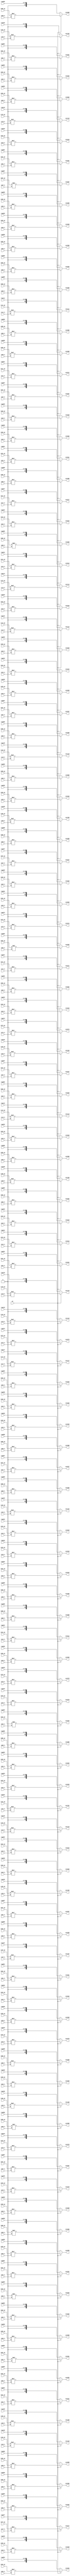

module mul_ghi(
    i000_gi,i001_gi,i002_gi,i003_gi,i004_gi,i005_gi,i006_gi,i007_gi,i008_gi,i009_gi,
    i010_gi,i011_gi,i012_gi,i013_gi,i014_gi,i015_gi,i016_gi,i017_gi,i018_gi,i019_gi,
    i020_gi,i021_gi,i022_gi,i023_gi,i024_gi,i025_gi,i026_gi,i027_gi,i028_gi,i029_gi,
    i030_gi,i031_gi,i032_gi,i033_gi,i034_gi,i035_gi,i036_gi,i037_gi,i038_gi,i039_gi,
    i040_gi,i041_gi,i042_gi,i043_gi,i044_gi,i045_gi,i046_gi,i047_gi,i048_gi,i049_gi,
    i050_gi,i051_gi,i052_gi,i053_gi,i054_gi,i055_gi,i056_gi,i057_gi,i058_gi,i059_gi,
    i060_gi,i061_gi,i062_gi,i063_gi,i064_gi,i065_gi,i066_gi,i067_gi,i068_gi,i069_gi,
    i070_gi,i071_gi,i072_gi,i073_gi,i074_gi,i075_gi,i076_gi,i077_gi,i078_gi,i079_gi,
    i080_gi,i081_gi,i082_gi,i083_gi,i084_gi,i085_gi,i086_gi,i087_gi,i088_gi,i089_gi,
    i090_gi,i091_gi,i092_gi,i093_gi,i094_gi,i095_gi,i096_gi,i097_gi,i098_gi,i099_gi,
    i100_gi,i101_gi,i102_gi,i103_gi,i104_gi,i105_gi,i106_gi,i107_gi,i108_gi,i109_gi,
    i110_gi,i111_gi,i112_gi,i113_gi,i114_gi,i115_gi,i116_gi,i117_gi,i118_gi,i119_gi,i120_gi,
    i000_h,i001_h,i002_h,i003_h,i004_h,i005_h,i006_h,i007_h,i008_h,i009_h,
    i010_h,i011_h,i012_h,i013_h,i014_h,i015_h,i016_h,i017_h,i018_h,i019_h,
    i020_h,i021_h,i022_h,i023_h,i024_h,i025_h,i026_h,i027_h,i028_h,i029_h,
    i030_h,i031_h,i032_h,i033_h,i034_h,i035_h,i036_h,i037_h,i038_h,i039_h,
    i040_h,i041_h,i042_h,i043_h,i044_h,i045_h,i046_h,i047_h,i048_h,i049_h,
    i050_h,i051_h,i052_h,i053_h,i054_h,i055_h,i056_h,i057_h,i058_h,i059_h,
    i060_h,i061_h,i062_h,i063_h,i064_h,i065_h,i066_h,i067_h,i068_h,i069_h,
    i070_h,i071_h,i072_h,i073_h,i074_h,i075_h,i076_h,i077_h,i078_h,i079_h,
    i080_h,i081_h,i082_h,i083_h,i084_h,i085_h,i086_h,i087_h,i088_h,i089_h,
    i090_h,i091_h,i092_h,i093_h,i094_h,i095_h,i096_h,i097_h,i098_h,i099_h,
    i100_h,i101_h,i102_h,i103_h,i104_h,i105_h,i106_h,i107_h,i108_h,i109_h,
    i110_h,i111_h,i112_h,i113_h,i114_h,i115_h,i116_h,i117_h,i118_h,i119_h,i120_h,
    reg000,reg001,reg002,reg003,reg004,reg005,reg006,reg007,reg008,reg009,
    reg010,reg011,reg012,reg013,reg014,reg015,reg016,reg017,reg018,reg019,
    reg020,reg021,reg022,reg023,reg024,reg025,reg026,reg027,reg028,reg029,
    reg030,reg031,reg032,reg033,reg034,reg035,reg036,reg037,reg038,reg039,
    reg040,reg041,reg042,reg043,reg044,reg045,reg046,reg047,reg048,reg049,
    reg050,reg051,reg052,reg053,reg054,reg055,reg056,reg057,reg058,reg059,
    reg060,reg061,reg062,reg063,reg064,reg065,reg066,reg067,reg068,reg069,
    reg070,reg071,reg072,reg073,reg074,reg075,reg076,reg077,reg078,reg079,
    reg080,reg081,reg082,reg083,reg084,reg085,reg086,reg087,reg088,reg089,
    reg090,reg091,reg092,reg093,reg094,reg095,reg096,reg097,reg098,reg099,
    reg100,reg101,reg102,reg103,reg104,reg105,reg106,reg107,reg108,reg109,
    reg110,reg111,reg112,reg113,reg114,reg115,reg116,reg117,reg118,reg119,reg120,
    out000,out001,out002,out003,out004,out005,out006,out007,out008,out009,
    out010,out011,out012,out013,out014,out015,out016,out017,out018,out019,
    out020,out021,out022,out023,out024,out025,out026,out027,out028,out029,
    out030,out031,out032,out033,out034,out035,out036,out037,out038,out039,
    out040,out041,out042,out043,out044,out045,out046,out047,out048,out049,
    out050,out051,out052,out053,out054,out055,out056,out057,out058,out059,
    out060,out061,out062,out063,out064,out065,out066,out067,out068,out069,
    out070,out071,out072,out073,out074,out075,out076,out077,out078,out079,
    out080,out081,out082,out083,out084,out085,out086,out087,out088,out089,
    out090,out091,out092,out093,out094,out095,out096,out097,out098,out099,
    out100,out101,out102,out103,out104,out105,out106,out107,out108,out109,
    out110,out111,out112,out113,out114,out115,out116,out117,out118,out119,out120,
    en
);

//==== I/O port ==========================
input  [13:0] i000_gi,i001_gi,i002_gi,i003_gi,i004_gi,i005_gi,i006_gi,i007_gi,i008_gi,i009_gi;
input  [13:0] i010_gi,i011_gi,i012_gi,i013_gi,i014_gi,i015_gi,i016_gi,i017_gi,i018_gi,i019_gi;
input  [13:0] i020_gi,i021_gi,i022_gi,i023_gi,i024_gi,i025_gi,i026_gi,i027_gi,i028_gi,i029_gi;
input  [13:0] i030_gi,i031_gi,i032_gi,i033_gi,i034_gi,i035_gi,i036_gi,i037_gi,i038_gi,i039_gi;
input  [13:0] i040_gi,i041_gi,i042_gi,i043_gi,i044_gi,i045_gi,i046_gi,i047_gi,i048_gi,i049_gi;
input  [13:0] i050_gi,i051_gi,i052_gi,i053_gi,i054_gi,i055_gi,i056_gi,i057_gi,i058_gi,i059_gi;
input  [13:0] i060_gi,i061_gi,i062_gi,i063_gi,i064_gi,i065_gi,i066_gi,i067_gi,i068_gi,i069_gi;
input  [13:0] i070_gi,i071_gi,i072_gi,i073_gi,i074_gi,i075_gi,i076_gi,i077_gi,i078_gi,i079_gi;
input  [13:0] i080_gi,i081_gi,i082_gi,i083_gi,i084_gi,i085_gi,i086_gi,i087_gi,i088_gi,i089_gi;
input  [13:0] i090_gi,i091_gi,i092_gi,i093_gi,i094_gi,i095_gi,i096_gi,i097_gi,i098_gi,i099_gi;
input  [13:0] i100_gi,i101_gi,i102_gi,i103_gi,i104_gi,i105_gi,i106_gi,i107_gi,i108_gi,i109_gi;
input  [13:0] i110_gi,i111_gi,i112_gi,i113_gi,i114_gi,i115_gi,i116_gi,i117_gi,i118_gi,i119_gi,i120_gi;

input  [6:0]  i000_h,i001_h,i002_h,i003_h,i004_h,i005_h,i006_h,i007_h,i008_h,i009_h;
input  [6:0]  i010_h,i011_h,i012_h,i013_h,i014_h,i015_h,i016_h,i017_h,i018_h,i019_h;
input  [6:0]  i020_h,i021_h,i022_h,i023_h,i024_h,i025_h,i026_h,i027_h,i028_h,i029_h;
input  [6:0]  i030_h,i031_h,i032_h,i033_h,i034_h,i035_h,i036_h,i037_h,i038_h,i039_h;
input  [6:0]  i040_h,i041_h,i042_h,i043_h,i044_h,i045_h,i046_h,i047_h,i048_h,i049_h;
input  [6:0]  i050_h,i051_h,i052_h,i053_h,i054_h,i055_h,i056_h,i057_h,i058_h,i059_h;
input  [6:0]  i060_h,i061_h,i062_h,i063_h,i064_h,i065_h,i066_h,i067_h,i068_h,i069_h;
input  [6:0]  i070_h,i071_h,i072_h,i073_h,i074_h,i075_h,i076_h,i077_h,i078_h,i079_h;
input  [6:0]  i080_h,i081_h,i082_h,i083_h,i084_h,i085_h,i086_h,i087_h,i088_h,i089_h;
input  [6:0]  i090_h,i091_h,i092_h,i093_h,i094_h,i095_h,i096_h,i097_h,i098_h,i099_h;
input  [6:0]  i100_h,i101_h,i102_h,i103_h,i104_h,i105_h,i106_h,i107_h,i108_h,i109_h;
input  [6:0]  i110_h,i111_h,i112_h,i113_h,i114_h,i115_h,i116_h,i117_h,i118_h,i119_h,i120_h;

input  [19:0] reg000,reg001,reg002,reg003,reg004,reg005,reg006,reg007,reg008,reg009;
input  [19:0] reg010,reg011,reg012,reg013,reg014,reg015,reg016,reg017,reg018,reg019;
input  [19:0] reg020,reg021,reg022,reg023,reg024,reg025,reg026,reg027,reg028,reg029;
input  [19:0] reg030,reg031,reg032,reg033,reg034,reg035,reg036,reg037,reg038,reg039;
input  [19:0] reg040,reg041,reg042,reg043,reg044,reg045,reg046,reg047,reg048,reg049;
input  [19:0] reg050,reg051,reg052,reg053,reg054,reg055,reg056,reg057,reg058,reg059;
input  [19:0] reg060,reg061,reg062,reg063,reg064,reg065,reg066,reg067,reg068,reg069;
input  [19:0] reg070,reg071,reg072,reg073,reg074,reg075,reg076,reg077,reg078,reg079;
input  [19:0] reg080,reg081,reg082,reg083,reg084,reg085,reg086,reg087,reg088,reg089;
input  [19:0] reg090,reg091,reg092,reg093,reg094,reg095,reg096,reg097,reg098,reg099;
input  [19:0] reg100,reg101,reg102,reg103,reg104,reg105,reg106,reg107,reg108,reg109;
input  [19:0] reg110,reg111,reg112,reg113,reg114,reg115,reg116,reg117,reg118,reg119,reg120;

output reg [20:0] out000,out001,out002,out003,out004,out005,out006,out007,out008,out009;
output reg [20:0] out010,out011,out012,out013,out014,out015,out016,out017,out018,out019;
output reg [20:0] out020,out021,out022,out023,out024,out025,out026,out027,out028,out029;
output reg [20:0] out030,out031,out032,out033,out034,out035,out036,out037,out038,out039;
output reg [20:0] out040,out041,out042,out043,out044,out045,out046,out047,out048,out049;
output reg [20:0] out050,out051,out052,out053,out054,out055,out056,out057,out058,out059;
output reg [20:0] out060,out061,out062,out063,out064,out065,out066,out067,out068,out069;
output reg [20:0] out070,out071,out072,out073,out074,out075,out076,out077,out078,out079;
output reg [20:0] out080,out081,out082,out083,out084,out085,out086,out087,out088,out089;
output reg [20:0] out090,out091,out092,out093,out094,out095,out096,out097,out098,out099;
output reg [20:0] out100,out101,out102,out103,out104,out105,out106,out107,out108,out109;
output reg [20:0] out110,out111,out112,out113,out114,out115,out116,out117,out118,out119,out120;

input   en;

always@(*) begin
    if(en) begin
        out000 = i000_gi * i000_h;
        out001 = i001_gi * i001_h;
        out002 = i002_gi * i002_h;
        out003 = i003_gi * i003_h;
        out004 = i004_gi * i004_h;
        out005 = i005_gi * i005_h;
        out006 = i006_gi * i006_h;
        out007 = i007_gi * i007_h;
        out008 = i008_gi * i008_h;
        out009 = i009_gi * i009_h;
        out010 = i010_gi * i010_h;
        out011 = i011_gi * i011_h;
        out012 = i012_gi * i012_h;
        out013 = i013_gi * i013_h;
        out014 = i014_gi * i014_h;
        out015 = i015_gi * i015_h;
        out016 = i016_gi * i016_h;
        out017 = i017_gi * i017_h;
        out018 = i018_gi * i018_h;
        out019 = i019_gi * i019_h;
        out020 = i020_gi * i020_h;
        out021 = i021_gi * i021_h;
        out022 = i022_gi * i022_h;
        out023 = i023_gi * i023_h;
        out024 = i024_gi * i024_h;
        out025 = i025_gi * i025_h;
        out026 = i026_gi * i026_h;
        out027 = i027_gi * i027_h;
        out028 = i028_gi * i028_h;
        out029 = i029_gi * i029_h;
        out030 = i030_gi * i030_h;
        out031 = i031_gi * i031_h;
        out032 = i032_gi * i032_h;
        out033 = i033_gi * i033_h;
        out034 = i034_gi * i034_h;
        out035 = i035_gi * i035_h;
        out036 = i036_gi * i036_h;
        out037 = i037_gi * i037_h;
        out038 = i038_gi * i038_h;
        out039 = i039_gi * i039_h;
        out040 = i040_gi * i040_h;
        out041 = i041_gi * i041_h;
        out042 = i042_gi * i042_h;
        out043 = i043_gi * i043_h;
        out044 = i044_gi * i044_h;
        out045 = i045_gi * i045_h;
        out046 = i046_gi * i046_h;
        out047 = i047_gi * i047_h;
        out048 = i048_gi * i048_h;
        out049 = i049_gi * i049_h;
        out050 = i050_gi * i050_h;
        out051 = i051_gi * i051_h;
        out052 = i052_gi * i052_h;
        out053 = i053_gi * i053_h;
        out054 = i054_gi * i054_h;
        out055 = i055_gi * i055_h;
        out056 = i056_gi * i056_h;
        out057 = i057_gi * i057_h;
        out058 = i058_gi * i058_h;
        out059 = i059_gi * i059_h;
        out060 = i060_gi * i060_h;
        out061 = i061_gi * i061_h;
        out062 = i062_gi * i062_h;
        out063 = i063_gi * i063_h;
        out064 = i064_gi * i064_h;
        out065 = i065_gi * i065_h;
        out066 = i066_gi * i066_h;
        out067 = i067_gi * i067_h;
        out068 = i068_gi * i068_h;
        out069 = i069_gi * i069_h;
        out070 = i070_gi * i070_h;
        out071 = i071_gi * i071_h;
        out072 = i072_gi * i072_h;
        out073 = i073_gi * i073_h;
        out074 = i074_gi * i074_h;
        out075 = i075_gi * i075_h;
        out076 = i076_gi * i076_h;
        out077 = i077_gi * i077_h;
        out078 = i078_gi * i078_h;
        out079 = i079_gi * i079_h;
        out080 = i080_gi * i080_h;
        out081 = i081_gi * i081_h;
        out082 = i082_gi * i082_h;
        out083 = i083_gi * i083_h;
        out084 = i084_gi * i084_h;
        out085 = i085_gi * i085_h;
        out086 = i086_gi * i086_h;
        out087 = i087_gi * i087_h;
        out088 = i088_gi * i088_h;
        out089 = i089_gi * i089_h;
        out090 = i090_gi * i090_h;
        out091 = i091_gi * i091_h;
        out092 = i092_gi * i092_h;
        out093 = i093_gi * i093_h;
        out094 = i094_gi * i094_h;
        out095 = i095_gi * i095_h;
        out096 = i096_gi * i096_h;
        out097 = i097_gi * i097_h;
        out098 = i098_gi * i098_h;
        out099 = i099_gi * i099_h;
        out100 = i100_gi * i100_h;
        out101 = i101_gi * i101_h;
        out102 = i102_gi * i102_h;
        out103 = i103_gi * i103_h;
        out104 = i104_gi * i104_h;
        out105 = i105_gi * i105_h;
        out106 = i106_gi * i106_h;
        out107 = i107_gi * i107_h;
        out108 = i108_gi * i108_h;
        out109 = i109_gi * i109_h;
        out110 = i110_gi * i110_h;
        out111 = i111_gi * i111_h;
        out112 = i112_gi * i112_h;
        out113 = i113_gi * i113_h;
        out114 = i114_gi * i114_h;
        out115 = i115_gi * i115_h;
        out116 = i116_gi * i116_h;
        out117 = i117_gi * i117_h;
        out118 = i118_gi * i118_h;
        out119 = i119_gi * i119_h;
        out120 = i120_gi * i120_h;
    end
    else begin
        out000 = {1'b0,reg000};
        out001 = {1'b0,reg001};
        out002 = {1'b0,reg002};
        out003 = {1'b0,reg003};
        out004 = {1'b0,reg004};
        out005 = {1'b0,reg005};
        out006 = {1'b0,reg006};
        out007 = {1'b0,reg007};
        out008 = {1'b0,reg008};
        out009 = {1'b0,reg009};
        out010 = {1'b0,reg010};
        out011 = {1'b0,reg011};
        out012 = {1'b0,reg012};
        out013 = {1'b0,reg013};
        out014 = {1'b0,reg014};
        out015 = {1'b0,reg015};
        out016 = {1'b0,reg016};
        out017 = {1'b0,reg017};
        out018 = {1'b0,reg018};
        out019 = {1'b0,reg019};
        out020 = {1'b0,reg020};
        out021 = {1'b0,reg021};
        out022 = {1'b0,reg022};
        out023 = {1'b0,reg023};
        out024 = {1'b0,reg024};
        out025 = {1'b0,reg025};
        out026 = {1'b0,reg026};
        out027 = {1'b0,reg027};
        out028 = {1'b0,reg028};
        out029 = {1'b0,reg029};
        out030 = {1'b0,reg030};
        out031 = {1'b0,reg031};
        out032 = {1'b0,reg032};
        out033 = {1'b0,reg033};
        out034 = {1'b0,reg034};
        out035 = {1'b0,reg035};
        out036 = {1'b0,reg036};
        out037 = {1'b0,reg037};
        out038 = {1'b0,reg038};
        out039 = {1'b0,reg039};
        out040 = {1'b0,reg040};
        out041 = {1'b0,reg041};
        out042 = {1'b0,reg042};
        out043 = {1'b0,reg043};
        out044 = {1'b0,reg044};
        out045 = {1'b0,reg045};
        out046 = {1'b0,reg046};
        out047 = {1'b0,reg047};
        out048 = {1'b0,reg048};
        out049 = {1'b0,reg049};
        out050 = {1'b0,reg050};
        out051 = {1'b0,reg051};
        out052 = {1'b0,reg052};
        out053 = {1'b0,reg053};
        out054 = {1'b0,reg054};
        out055 = {1'b0,reg055};
        out056 = {1'b0,reg056};
        out057 = {1'b0,reg057};
        out058 = {1'b0,reg058};
        out059 = {1'b0,reg059};
        out060 = {1'b0,reg060};
        out061 = {1'b0,reg061};
        out062 = {1'b0,reg062};
        out063 = {1'b0,reg063};
        out064 = {1'b0,reg064};
        out065 = {1'b0,reg065};
        out066 = {1'b0,reg066};
        out067 = {1'b0,reg067};
        out068 = {1'b0,reg068};
        out069 = {1'b0,reg069};
        out070 = {1'b0,reg070};
        out071 = {1'b0,reg071};
        out072 = {1'b0,reg072};
        out073 = {1'b0,reg073};
        out074 = {1'b0,reg074};
        out075 = {1'b0,reg075};
        out076 = {1'b0,reg076};
        out077 = {1'b0,reg077};
        out078 = {1'b0,reg078};
        out079 = {1'b0,reg079};
        out080 = {1'b0,reg080};
        out081 = {1'b0,reg081};
        out082 = {1'b0,reg082};
        out083 = {1'b0,reg083};
        out084 = {1'b0,reg084};
        out085 = {1'b0,reg085};
        out086 = {1'b0,reg086};
        out087 = {1'b0,reg087};
        out088 = {1'b0,reg088};
        out089 = {1'b0,reg089};
        out090 = {1'b0,reg090};
        out091 = {1'b0,reg091};
        out092 = {1'b0,reg092};
        out093 = {1'b0,reg093};
        out094 = {1'b0,reg094};
        out095 = {1'b0,reg095};
        out096 = {1'b0,reg096};
        out097 = {1'b0,reg097};
        out098 = {1'b0,reg098};
        out099 = {1'b0,reg099};
        out100 = {1'b0,reg100};
        out101 = {1'b0,reg101};
        out102 = {1'b0,reg102};
        out103 = {1'b0,reg103};
        out104 = {1'b0,reg104};
        out105 = {1'b0,reg105};
        out106 = {1'b0,reg106};
        out107 = {1'b0,reg107};
        out108 = {1'b0,reg108};
        out109 = {1'b0,reg109};
        out110 = {1'b0,reg110};
        out111 = {1'b0,reg111};
        out112 = {1'b0,reg112};
        out113 = {1'b0,reg113};
        out114 = {1'b0,reg114};
        out115 = {1'b0,reg115};
        out116 = {1'b0,reg116};
        out117 = {1'b0,reg117};
        out118 = {1'b0,reg118};
        out119 = {1'b0,reg119};
        out120 = {1'b0,reg120};
    end
end

endmodule